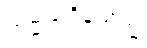
သမ္မုခါဝိနယသ္မိံ